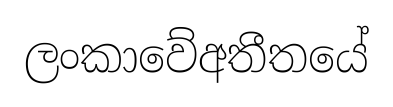
ලංකාවේඅතීතයේ